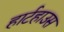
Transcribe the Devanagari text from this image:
हार्टहाउस